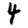
Digit: 4